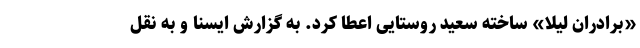
«برادران لیلا» ساخته سعید روستایی اعطا کرد. به گزارش ایسنا و به نقل